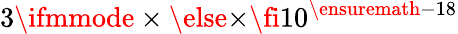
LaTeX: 3\ifmmode\times\else\texttimes\fi{}{10}^{\ensuremath{-}18}